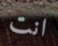
انت